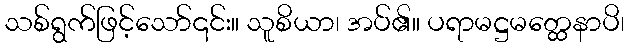
သစ်ရွက်ဖြင့်သော်၎င်း။ သူစိယာ၊ အပ်၏။ ပရာမဋ္ဌမတ္ထေနာပိ၊